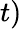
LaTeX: t)